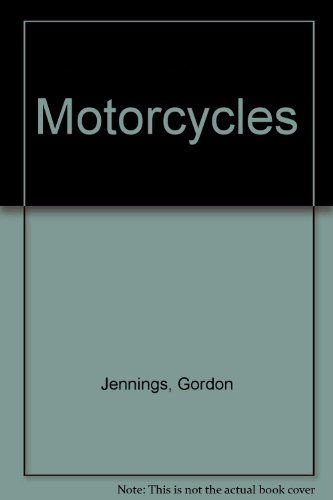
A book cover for Motorcycles; Gordon Jennings; Children's Books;